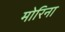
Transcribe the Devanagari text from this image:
मोरिना